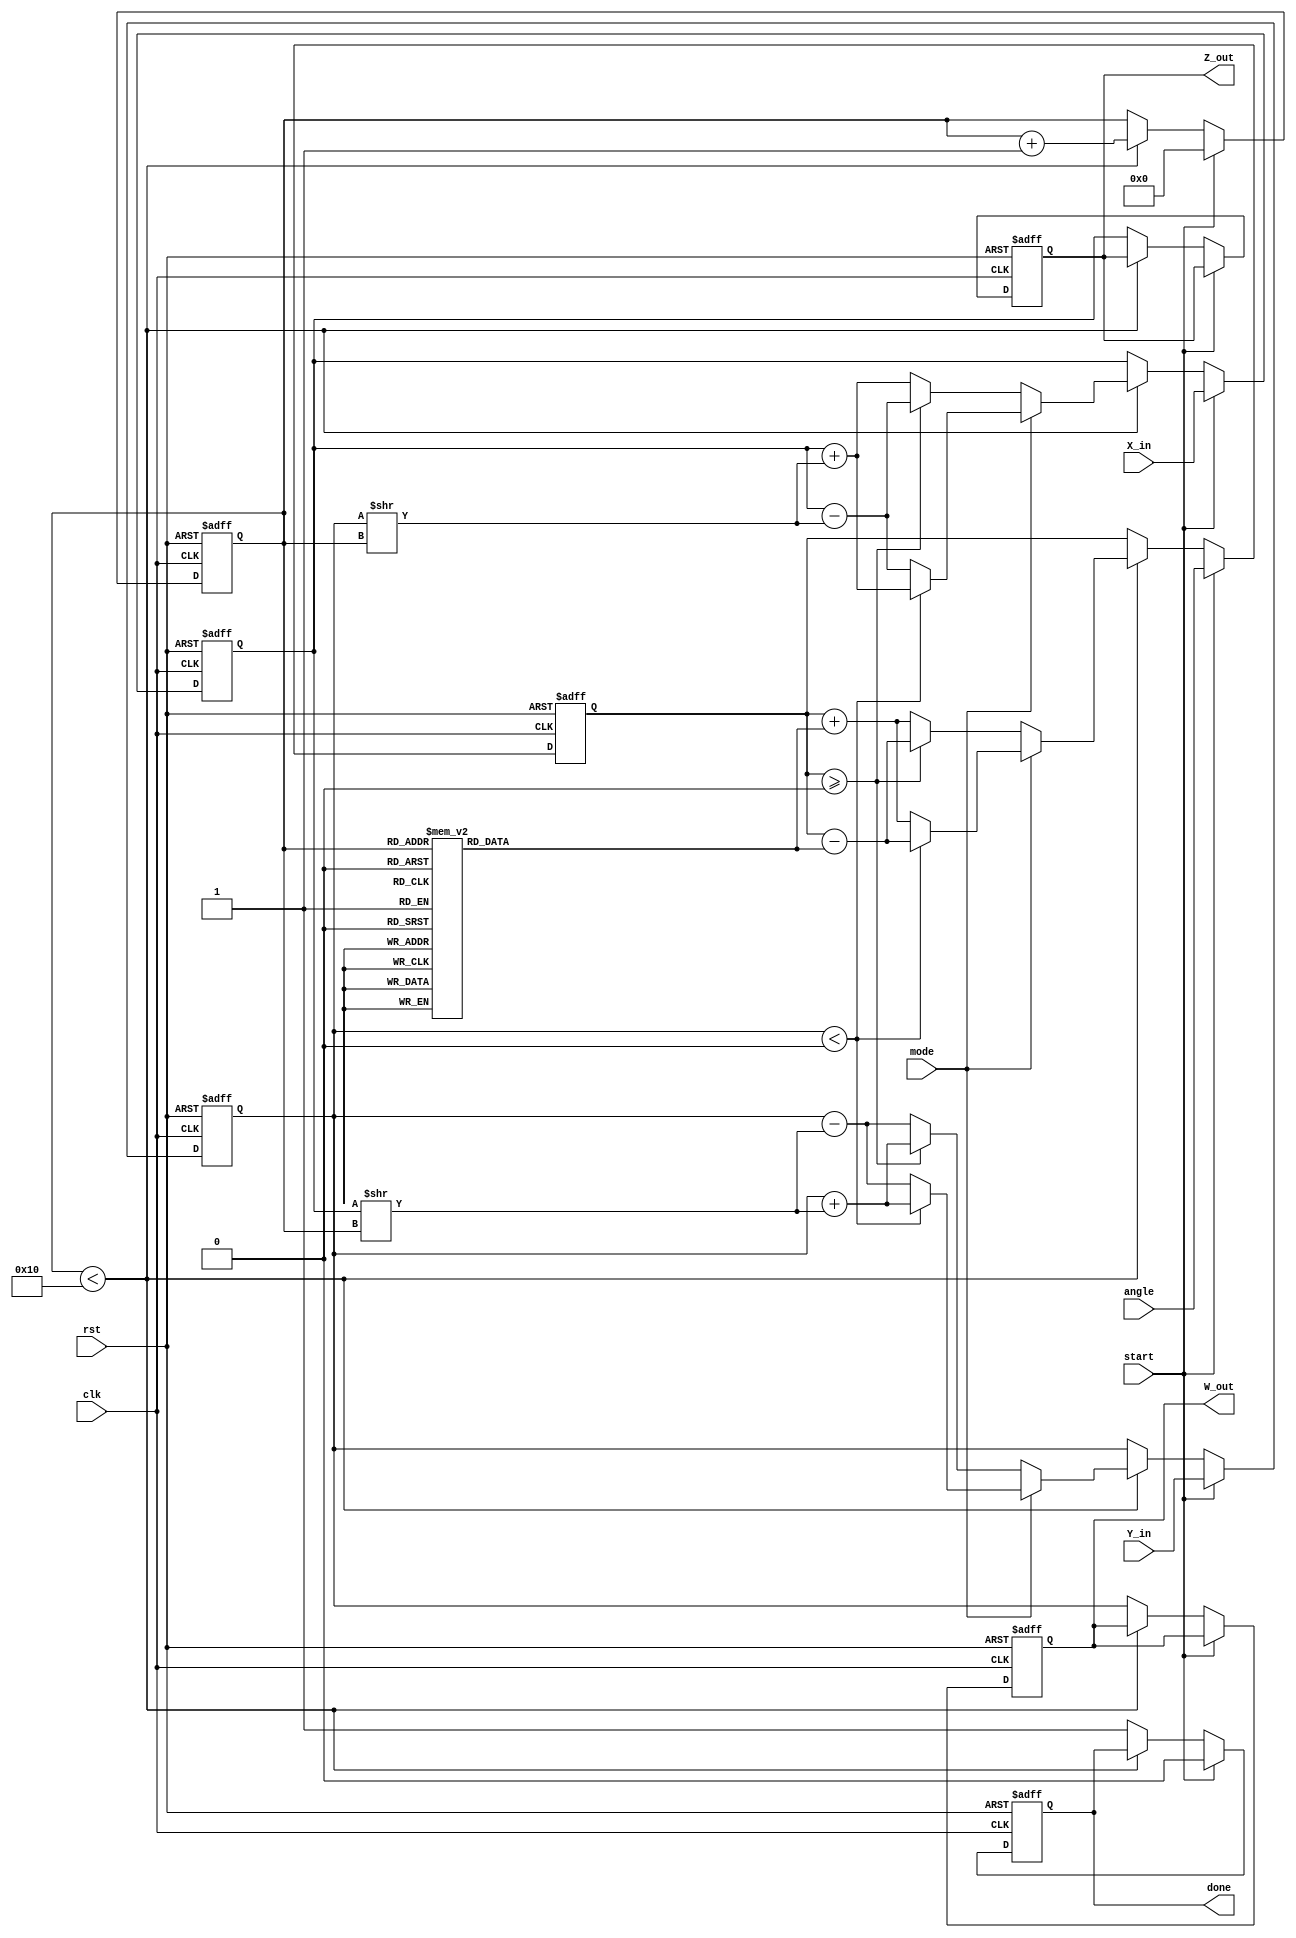
module complex_cordic (
    input clk,
    input rst,
    input start,
    input [15:0] X_in, // Real part input
    input [15:0] Y_in, // Imaginary part input
    input [15:0] angle, // Input angle for rotation
    input mode, // 0 for rotation, 1 for vectoring
    output reg [15:0] Z_out, // Real part output
    output reg [15:0] W_out, // Imaginary part output
    output reg done // Operation completion flag
);

    parameter NUM_ITERATIONS = 16; // Number of CORDIC iterations
    reg [15:0] X, Y; // Internal registers for X and Y
    reg [15:0] angle_table [0:NUM_ITERATIONS-1]; // Angle lookup table
    reg [3:0] iteration; // Iteration counter
    reg [15:0] angle_shift; // Shifted angle for current iteration
    reg [15:0] angle_accum; // Accumulated angle for vectoring mode

    // Initialize angle table
    initial begin
        angle_table[0] = 16'h1FFF; // atan(2^0)
        angle_table[1] = 16'h1C71; // atan(2^-1)
        angle_table[2] = 16'h1A7D; // atan(2^-2)
        angle_table[3] = 16'h1717; // atan(2^-3)
        // ... Fill in the rest of the angle values
    end

    // CORDIC processing unit
    always @(posedge clk or posedge rst) begin
        if (rst) begin
            X <= 0;
            Y <= 0;
            Z_out <= 0;
            W_out <= 0;
            done <= 0;
            iteration <= 0;
            angle_accum <= 0;
        end else if (start) begin
            X <= X_in;
            Y <= Y_in;
            angle_accum <= angle;
            iteration <= 0;
            done <= 0;
        end else if (iteration < NUM_ITERATIONS) begin
            // CORDIC rotation algorithm
            if (mode == 0) begin // Rotation mode
                if (angle_accum >= 0) begin
                    X <= X - (Y >> iteration);
                    Y <= Y + (X >> iteration);
                    angle_accum <= angle_accum - angle_table[iteration];
                end else begin
                    X <= X + (Y >> iteration);
                    Y <= Y - (X >> iteration);
                    angle_accum <= angle_accum + angle_table[iteration];
                end
            end else begin // Vectoring mode
                if (Y < 0) begin
                    X <= X + (Y >> iteration);
                    Y <= Y + (X >> iteration);
                    angle_accum <= angle_accum - angle_table[iteration];
                end else begin
                    X <= X - (Y >> iteration);
                    Y <= Y - (X >> iteration);
                    angle_accum <= angle_accum + angle_table[iteration];
                end
            end
            iteration <= iteration + 1;
        end else begin
            Z_out <= X; // Output real part
            W_out <= Y; // Output imaginary part
            done <= 1; // Set done flag
        end
    end

endmodule